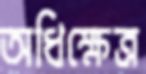
অধিক্ষেত্র